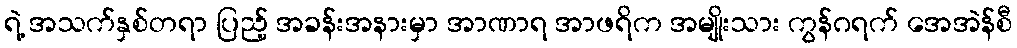
ရဲ့ အသက်နှစ်တရာ ပြည့် အခန်းအနားမှာ အာဏာရ အာဖရိက အမျိုးသား ကွန်ဂရက် အေအဲန်စီ